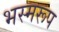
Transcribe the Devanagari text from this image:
भस्मरूप